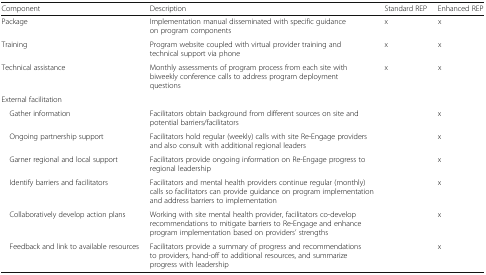
<table><thead><tr><td><b>Component</b></td><td><b>Description</b></td><td><b>Standard REP</b></td><td><b>Enhanced REP</b></td></tr></thead><tbody><tr><td>Package</td><td>Implementation manual disseminated with specific guidance on program components</td><td>x</td><td>x</td></tr><tr><td>Training</td><td>Program website coupled with virtual provider training and technical support via phone</td><td>x</td><td>x</td></tr><tr><td>Technical assistance</td><td>Monthly assessments of program process from each site with biweekly conference calls to address program deployment questions</td><td>x</td><td>x</td></tr><tr><td colspan="4">External facilitation</td></tr><tr><td> Gather information</td><td>Facilitators obtain background from different sources on site and potential barriers/facilitators</td><td></td><td>x</td></tr><tr><td> Ongoing partnership support</td><td>Facilitators hold regular (weekly) calls with site Re-Engage providers and also consult with additional regional leaders</td><td></td><td>x</td></tr><tr><td> Garner regional and local support</td><td>Facilitators provide ongoing information on Re-Engage progress to regional leadership</td><td></td><td>x</td></tr><tr><td> Identify barriers and facilitators</td><td>Facilitators and mental health providers continue regular (monthly) calls so facilitators can provide guidance on program implementation and address barriers to implementation</td><td></td><td>x</td></tr><tr><td> Collaboratively develop action plans</td><td>Working with site mental health provider, facilitators co-develop recommendations to mitigate barriers to Re-Engage and enhance program implementation based on providers’ strengths</td><td></td><td>x</td></tr><tr><td> Feedback and link to available resources</td><td>Facilitators provide a summary of progress and recommendations to providers, hand-off to additional resources, and summarize progress with leadership</td><td></td><td>x</td></tr></tbody></table>